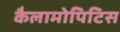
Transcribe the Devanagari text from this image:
कैलामोपिटिस